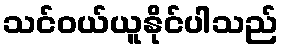
သင်ဝယ်ယူနိုင်ပါသည်